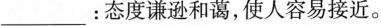
___：态度谦逊和蔼，使人容易接近。